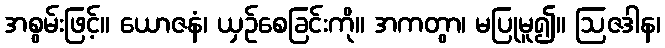
အစွမ်းဖြင့်။ ယောဇနံ၊ ယှဉ်စေခြင်းကို။ အကတွာ၊ မပြုမူ၍။ ဩဇဒါန၊